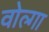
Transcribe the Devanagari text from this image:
वोल्‍गा